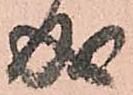
成